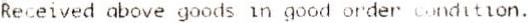
RECEIVED ABOVE GOODS IN GOOD ORDER CONDITION.